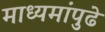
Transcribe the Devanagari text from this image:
माध्यमांपुढे